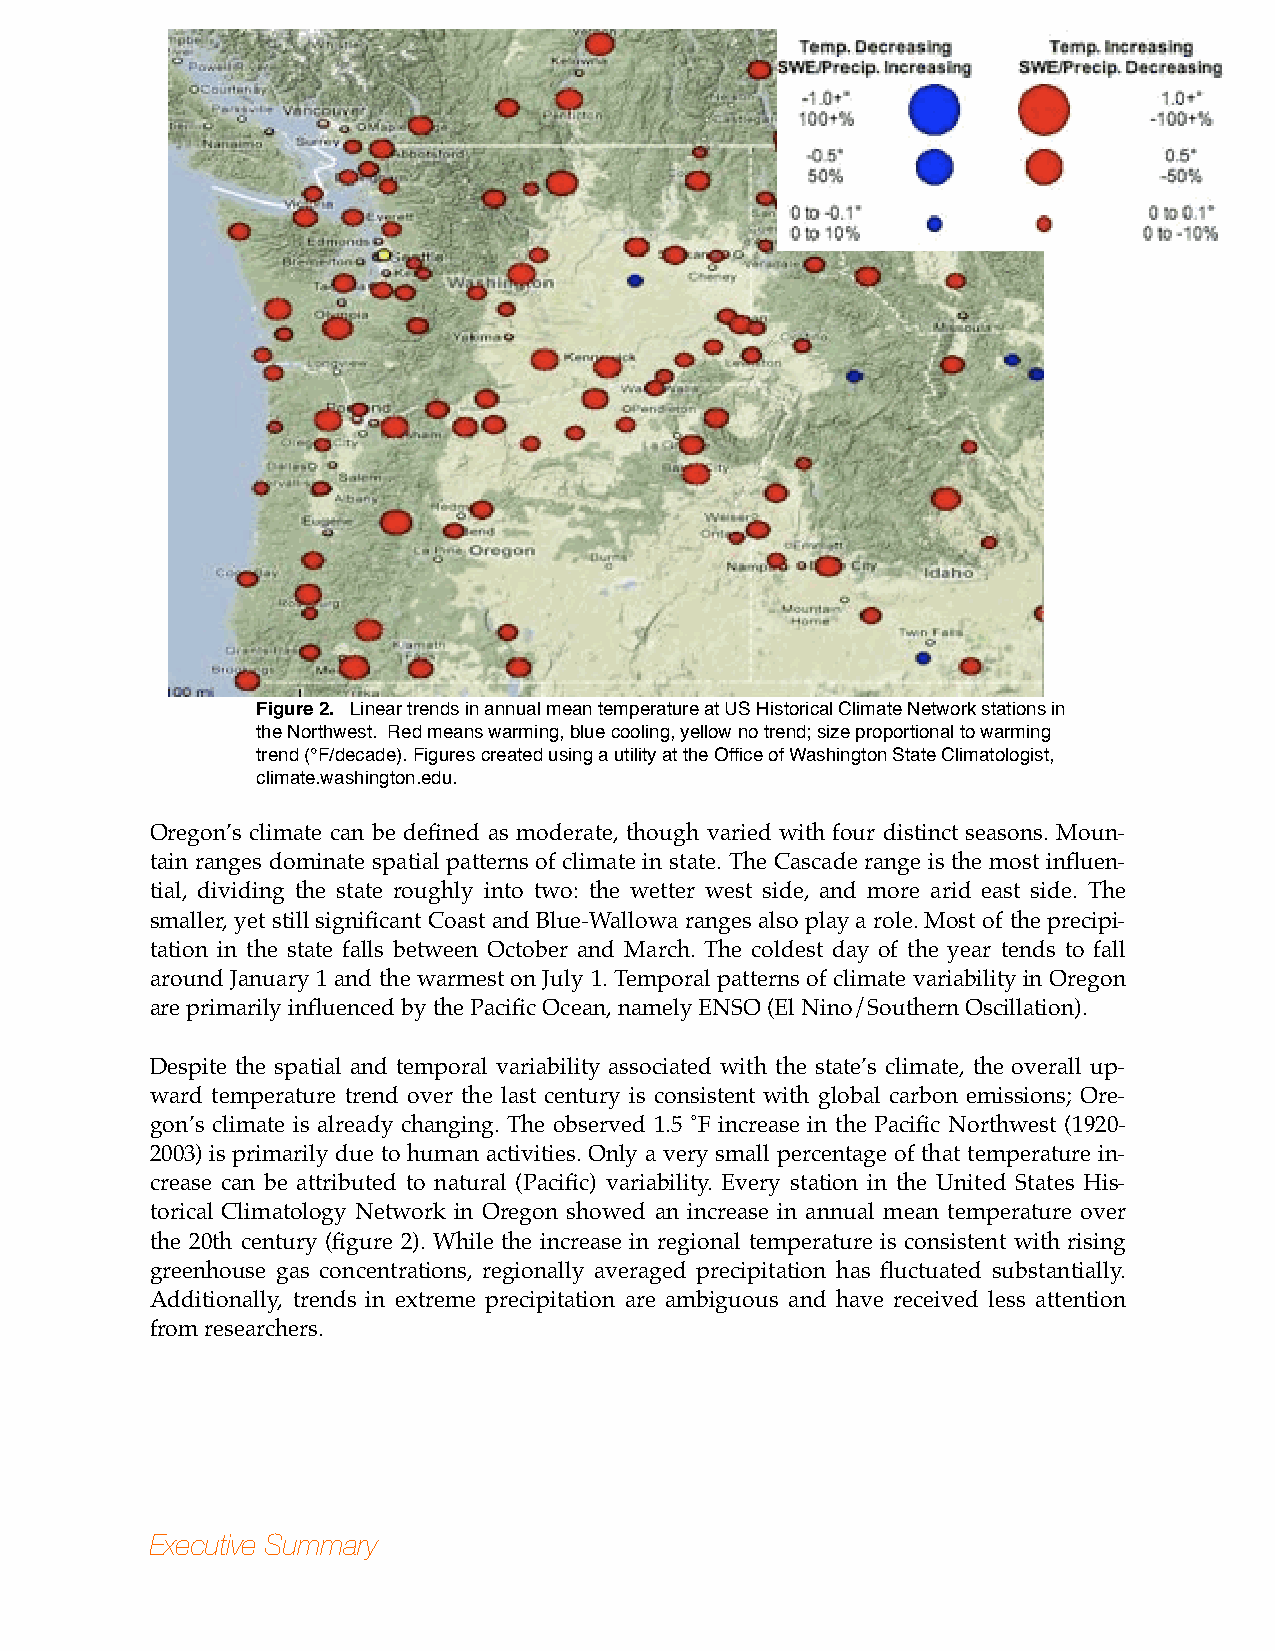
Figure 2. Linear trends in annual mean temperature at US Historical Climate Network stations in
 the Northwest. Red means warming, blue cooling, yellow no trend; size proportional to warming
 trend (°F/decade). Figures created using a utility at the Office of Washington State Climatologist,
 climate.washington.edu.
 Oregon’s climate can be defined as moderate, though varied with four distinct seasons. Moun-
 tain ranges dominate spatial patterns of climate in state. The Cascade range is the most influen-
 tial, dividing the state roughly into two: the wetter west side, and more arid east side. The
 smaller, yet still significant Coast and Blue-Wallowa ranges also play a role. Most of the precipi-
 tation in the state falls between October and March. The coldest day of the year tends to fall
 around January 1 and the warmest on July 1. Temporal patterns of climate variability in Oregon
 are primarily influenced by the Pacific Ocean, namely ENSO (El Nino/Southern Oscillation).
 Despite the spatial and temporal variability associated with the state’s climate, the overall up-
 ward temperature trend over the last century is consistent with global carbon emissions; Ore-
 gon’s climate is already changing. The observed 1.5 ˚F increase in the Pacific Northwest (1920-
 2003) is primarily due to human activities. Only a very small percentage of that temperature in-
 crease can be attributed to natural (Pacific) variability. Every station in the United States His-
 torical Climatology Network in Oregon showed an increase in annual mean temperature over
 the 20th century (figure 2). While the increase in regional temperature is consistent with rising
 greenhouse gas concentrations, regionally averaged precipitation has fluctuated substantially.
 Additionally, trends in extreme precipitation are ambiguous and have received less attention
 from researchers.
 Executive Summary